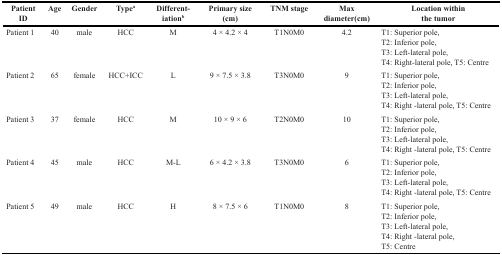
<table><thead><tr><td><b>Patient ID</b></td><td><b>Age</b></td><td><b>Gender</b></td><td><b>Type<sup>a</sup></b></td><td><b>Different-iation<sup>b</sup></b></td><td><b>Primary size (cm)</b></td><td><b>TNM stage</b></td><td><b>Max diameter(cm)</b></td><td><b>Location within the tumor</b></td></tr></thead><tbody><tr><td>Patient 1</td><td>40</td><td>male</td><td>HCC</td><td>M</td><td>4 × 4.2 ×4</td><td>T1N0M0</td><td>4.2</td><td>T1: Superior pole,T2: Inferior pole,T3: Left-lateral pole,T4: Right-lateral pole, T5: Centre</td></tr><tr><td>Patient 2</td><td>65</td><td>female</td><td>HCC+ICC</td><td>L</td><td>9 × 7.5 ×3.8</td><td>T3N0M0</td><td>9</td><td>T1: Superior pole,T2: Inferior pole,T3: Left-lateral pole,T4: Right -lateral pole, T5: Centre</td></tr><tr><td>Patient 3</td><td>37</td><td>female</td><td>HCC</td><td>M</td><td>10 × 9 ×6</td><td>T2N0M0</td><td>10</td><td>T1: Superior pole,T2: Inferior pole,T3: Left-lateral pole,T4: Right -lateral pole, T5: Centre</td></tr><tr><td>Patient 4</td><td>45</td><td>male</td><td>HCC</td><td>M-L</td><td>6 × 4.2 ×3.8</td><td>T3N0M0</td><td>6</td><td>T1: Superior pole,T2: Inferior pole,T3: Left-lateral pole,T4: Right -lateral pole, T5: Centre</td></tr><tr><td>Patient 5</td><td>49</td><td>male</td><td>HCC</td><td>H</td><td>8 × 7.5 ×6</td><td>T1N0M0</td><td>8</td><td>T1: Superior pole,T2: Inferior pole,T3: Left-lateral pole,T4: Right -lateral pole, T5: Centre</td></tr></tbody></table>